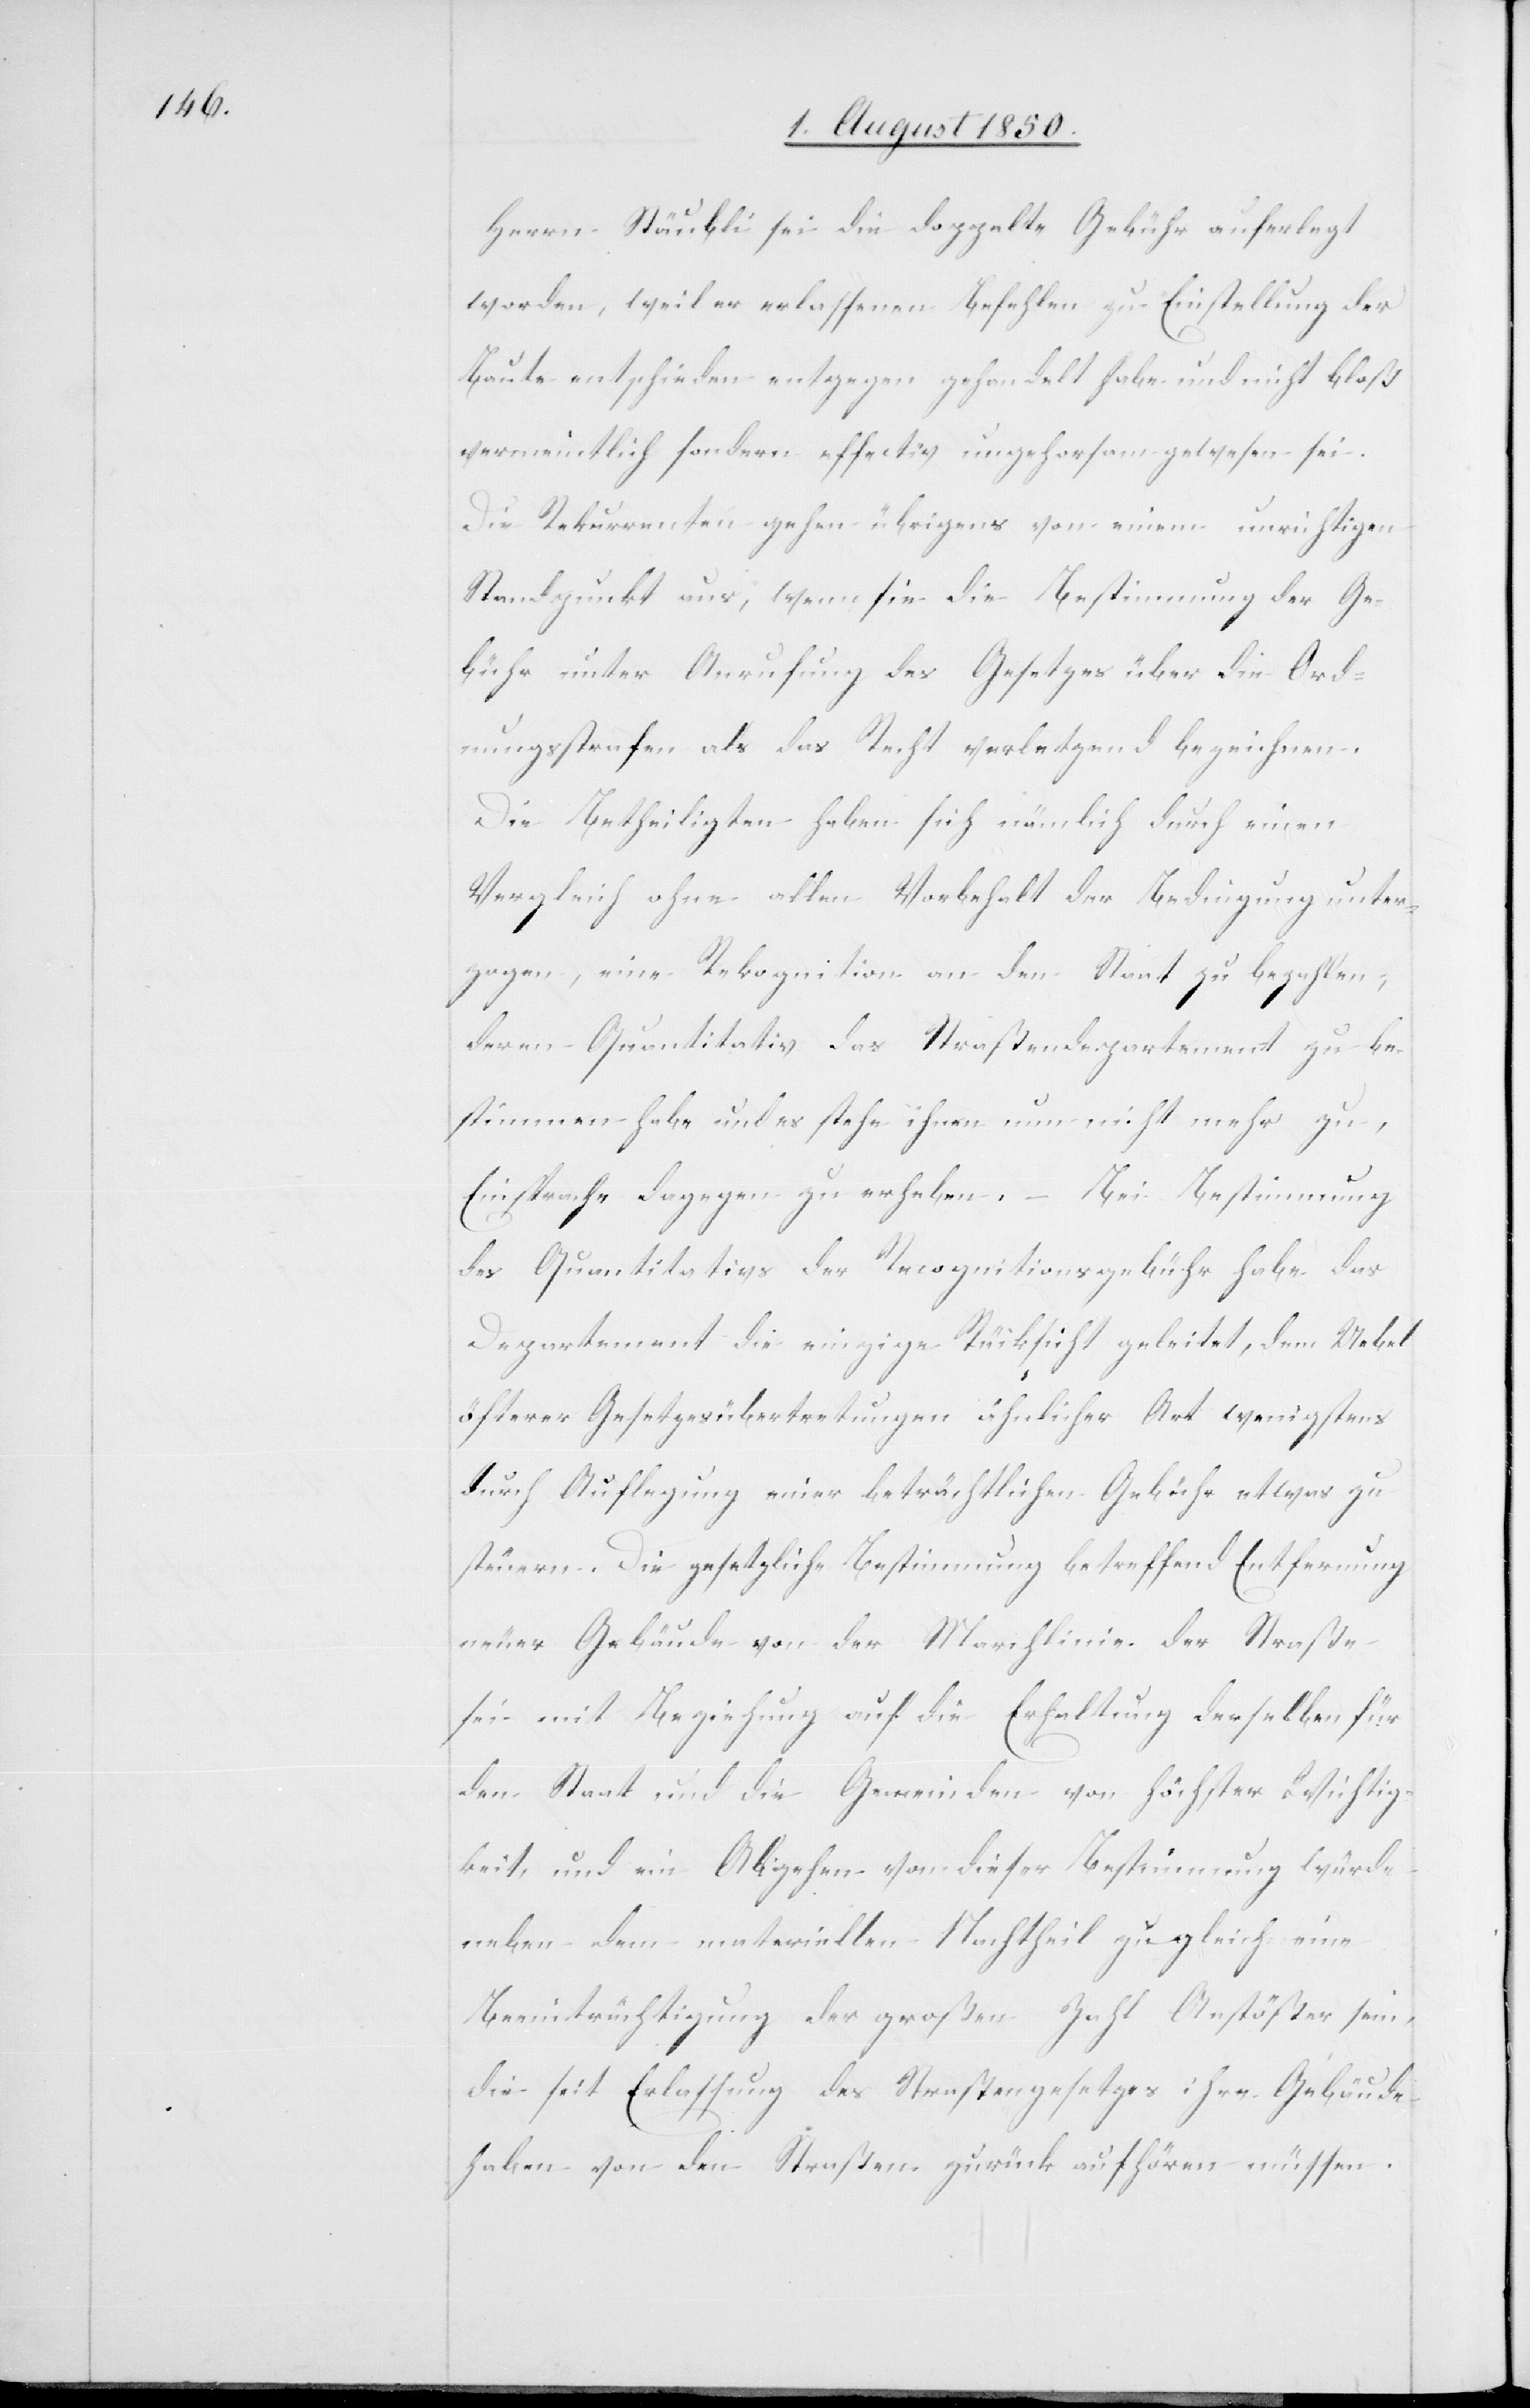
Herrn Stäubli sei die doppelte Gebühr auferlegt
worden, weil er erlassenen Befehlen zu Einstellung der
Baute entschieden entgegen gehandelt habe und nicht bloß
vermeintlich sondern effectiv ungehorsam gewesen sei.
Die Rekurrenten gehen übrigens von einem unrichtigen
Standpunkt aus, wenn sie die Bestimmung der Ge¬
bühr unter Anrufung des Gesetzes über die Ord¬
nungsstrafen als das Recht verletzend bezeichnen.
Die Betheiligten haben sich nämlich durch einen
Vergleich ohne allen Vorbehalt der Bedingung unter¬
zogen, eine Rekognition an den Staat zu bezahlen,
deren Quantitativ das Straßendepartement zu be¬
stimmen habe und es stehe ihnen nun nicht mehr zu,
Einsprache dagegen zu erheben. – Bei Bestimmung
des Quantitativs der Recognitionsgebühr habe das
Departement die einzige Rücksicht geleitet, dem Uebel
öfterer Gesetzesübertretungen ähnlicher Art wenigstens
durch Auflegung einer beträchtlichen Gebühr etwas zu
steuern. Die gesetzliche Bestimmung betreffend Entfernung
neuer Gebäude von der Marchlinie der Straße
sei mit Beziehung auf die Erhaltung derselben für
den Staat und die Gemeinden von höchster Wichtig¬
keit, und ein Abgehen von dieser Bestimmung würde
neben dem materiellen Nachtheil zugleich eine
Beeinträchtigung der großen Zahl Anstößer sein,
die seit Erlassung des Straßengesetzes ihre Gebäude
haben von den Straßen zurück aufhören [recte: